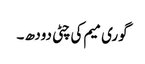
گوری میم کی چٹی دودھ ۔